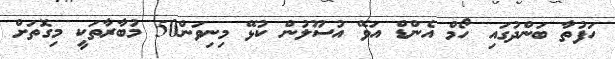
ހަފުތާ ބަންދުގައި ހޯމް އެންޑް އަވޭ އުސޫލުން ކުޅޭ މިނިވަން50 މުބާރާތަކީ މިގޮތަށް